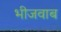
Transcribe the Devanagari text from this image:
भीजवाब